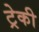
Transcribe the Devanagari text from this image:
ट्रेकी